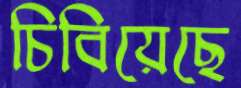
চিবিয়েছে